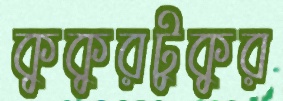
কুকুরটুকুর